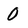
Character: 0